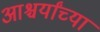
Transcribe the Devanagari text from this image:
आश्चर्यांच्या